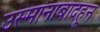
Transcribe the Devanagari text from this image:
उस्मानाबादहून